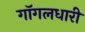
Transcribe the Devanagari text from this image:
गॉगलधारी